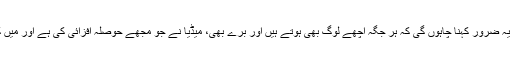
انہوںنے کہا آ ج جو ہماری انڈین میڈیا ہے ،میں اس کے بارے میں کچھ کہنا چاہتی ہوںلیکن میں یہ ضرور کہنا چاہوں گی کہ ہر جگہ اچھے لوگ بھی ہوتے ہیں اور برے بھی، میڈیا نے جو مجھے حوصلہ افزائی کی ہے اور میں کہوں گی کہ میری کامیابی میں کہیں نہ کہیں ان کا بہت بڑا رول ہے میں ان کی شکر گزار ہوں ۔